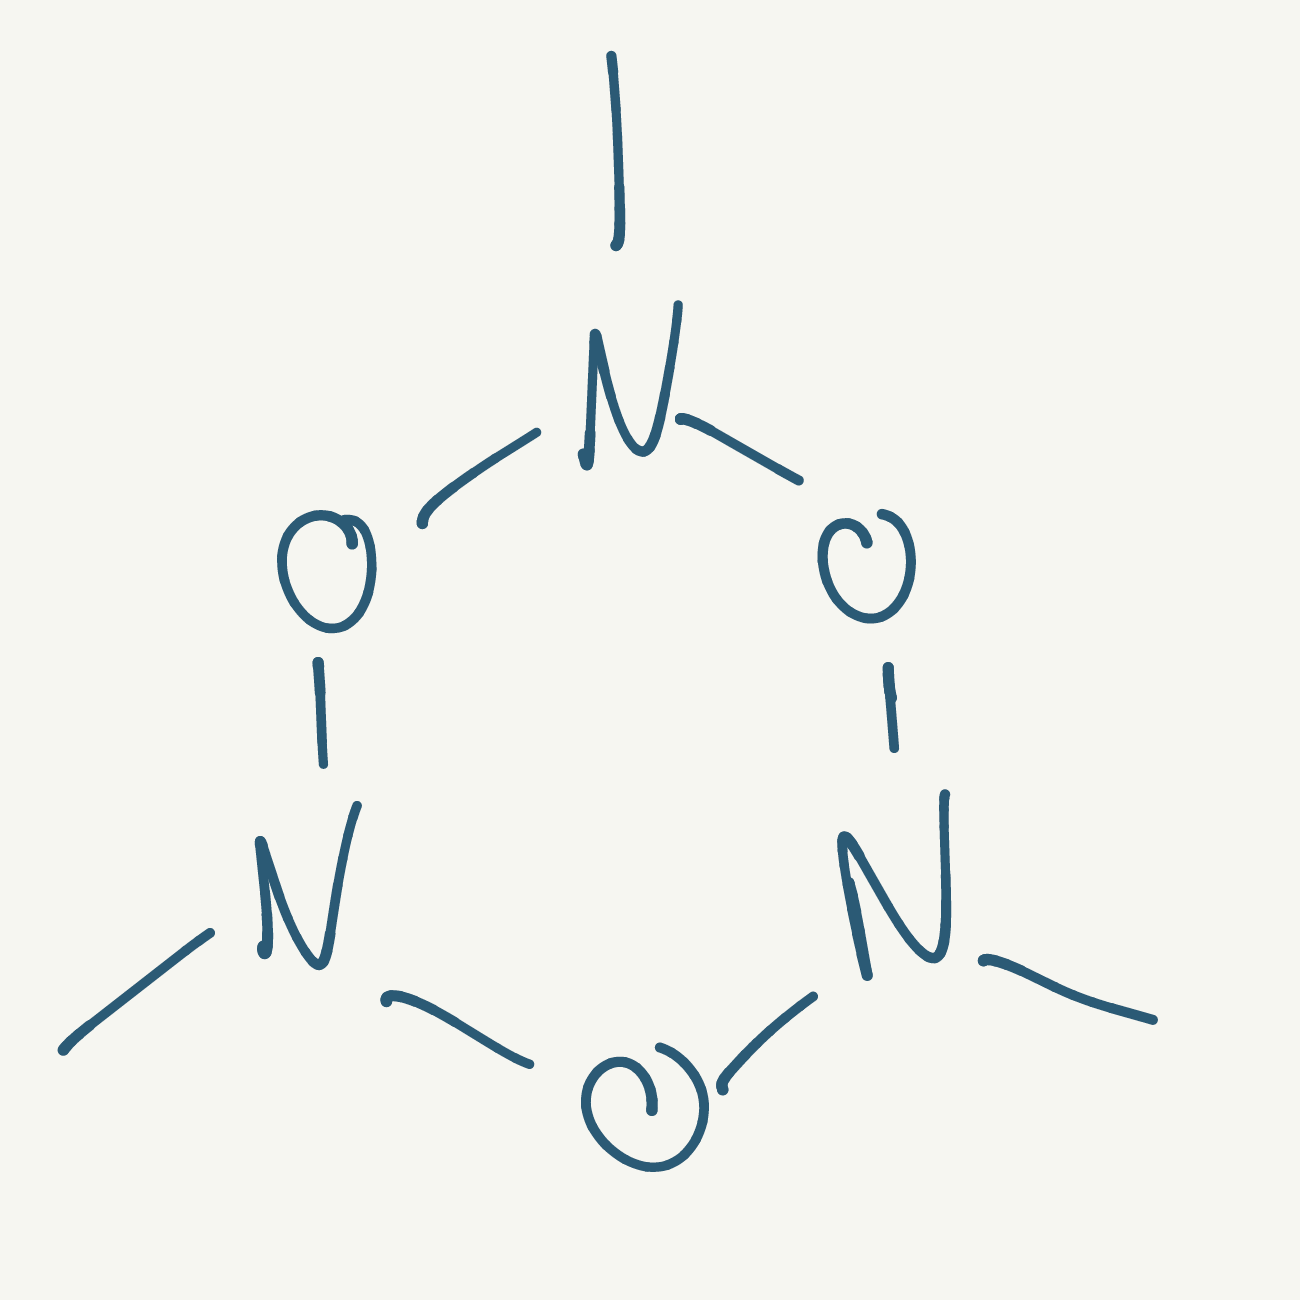
Simplified molecular-input line-entry system (SMILES) notation of the given molecule:
CN1ON(ON(O1)C)C